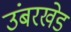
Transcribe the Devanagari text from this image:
उंबरखेड